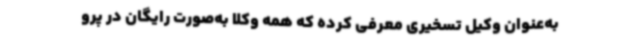
به‌عنوان وکیل تسخیری معرفی کرده که همه وکلا به‌صورت رایگان در پرو